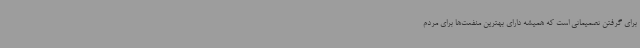
برای گرفتن تصمیماتی است که همیشه دارای بهترین منفعت‌ها برای مردم